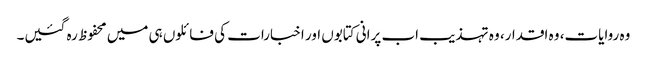
وہ روایات، وہ اقدار، وہ تہذیب اب پرانی کتابوں اور اخبارات کی فائلوں ہی میں محفوظ رہ گئیں۔